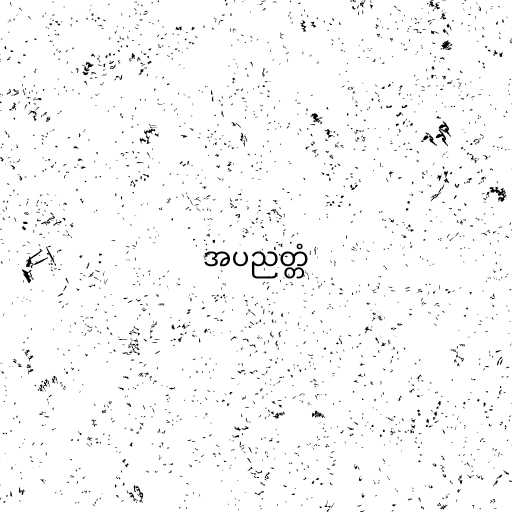
အပညတ္တံ